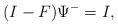
LaTeX: \begin{align*}(I-F)\Psi^-=I,\end{align*}